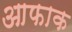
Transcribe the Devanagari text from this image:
आफाक